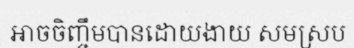
អាចចិញ្ចឹមបានដោយងាយ សមស្រប